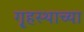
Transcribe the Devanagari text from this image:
गृ्हस्थाच्या